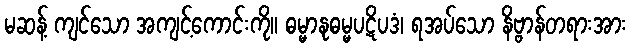
မဆန့် ကျင်သော အကျင့်ကောင်းကို။ ဓမ္မာနုဓမ္မပဋိပဒံ၊ ရအပ်သော နိဗ္ဗာန်တရားအား